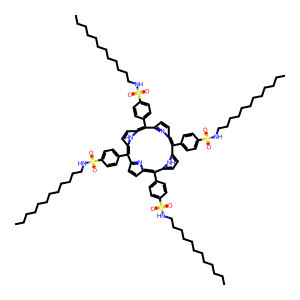
SMILES: CCCCCCCCCCCCNS(=O)(=O)c1ccc(-c2c3ccc(n3)c(-c3ccc(S(=O)(=O)NCCCCCCCCCCCC)cc3)c3ccc([nH]3)c(-c3ccc(S(=O)(=O)NCCCCCCCCCCCC)cc3)c3ccc(n3)c(-c3ccc(S(=O)(=O)NCCCCCCCCCCCC)cc3)c3ccc2[nH]3)cc1
Inhibits HIV replication: No